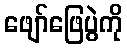
ဖျော်ဖြေပွဲကို